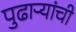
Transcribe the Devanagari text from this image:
पुढाऱ्यांची